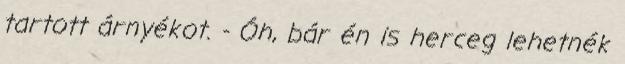
tartott árnyékot. - Óh, bár én is herceg lehetnék